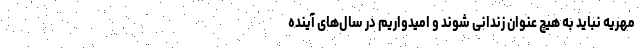
مهریه نباید به هیچ عنوان زندانی شوند و امیدواریم در سال‌های آینده